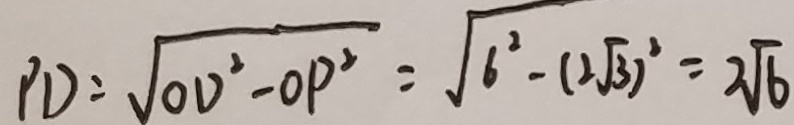
P D = \sqrt { O D ^ { 2 } - O P ^ { 2 } } = \sqrt { 6 ^ { 2 } - ( 2 \sqrt { 3 } ) ^ { 2 } } = 2 \sqrt { 6 }